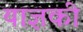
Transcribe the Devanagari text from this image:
याज्ञकी